Indian Medical Review
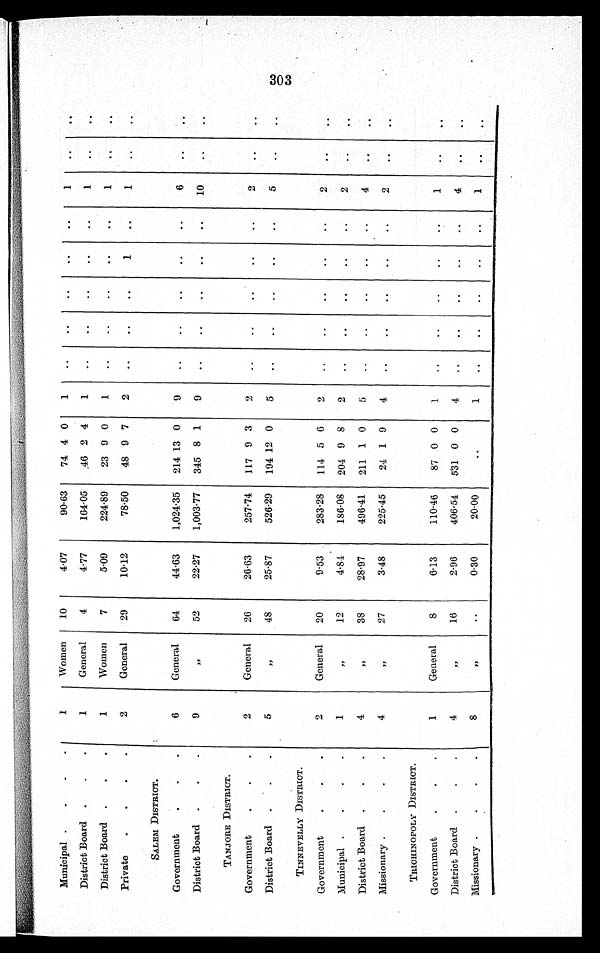
Municipal
1
Women
10
4.07
90.63
74 4 0
1
..
..
..
..
..
1
..
..
District Board
1
General
4
4·77
164·05
46 2 4
1
..
..
..
..
..
1
..
. .
District Board
1
Women
7
5·09
224·89
23 9 0
1
..
..
..
..
..
1
..
..
Private
2
General
29
10·12
78·50
48 9 7
2
..
..
..
1
..
1
..
..
SALEM DISTRICT.
Government
6
General
64
44·63
1,024·35
214 13 0
9
..
..
..
..
..
6
..
..
District Board
9
"
52
22·27
1,003·77
345 8 1
9
..
..
..
..
..
10
..
..
TANJORE DISTRICT.
Government
2
General
26
26·63
257·74
117 9 3
2
..
..
.. •
..
..
2
..
..
District Board
5
"
48
25·87
526·29
194 12 0
5
..
..
..
..
..
5
..
..
TINNEVELLY DISTRICT.
Government
2
General
20
9·53
283·28
114 5 6
2
..
..
..
..
..
2
..
..
Municipal
1
"
12
4·84
186·08
204 9 8
2
..
..
..
..
. .
..
2
..
..
District Board
4
"
38
28·97
496·41
211 1 0
5 ..
..
..
..
. .
4
..
..
Missionary
4
"
27
3·48
225·45
24 1 9
4
..
..
..
..
. .
2
..
..
TRICHINOPOLY DISTRICT.
Government
1
General
8
6·13
110·46
87 0 0
1
..
..
..
..
..
1 ..
..
District Board
4
"
16
2·96
406·54
531 0 0
4
..
..
..
..
. .
4
. .
..
Missionary
8
"
. .
0·30
20·00
..
1
..
..
..
.. ..
1
. .
..
303